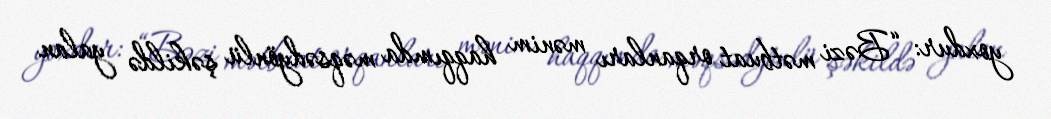
yoxdur: “Bəzi mətbuat orqanları mənim haqqımda məqsədyönlü şəkildə yalan